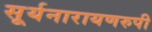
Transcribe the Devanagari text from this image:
सूर्यनारायणरुपी